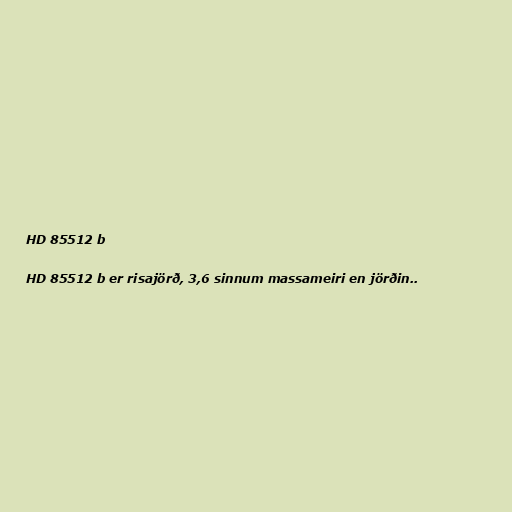
HD 85512 b

HD 85512 b er risajörð, 3,6 sinnum massameiri en jörðin..